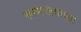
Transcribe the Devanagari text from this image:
रूग्णालयाच्या